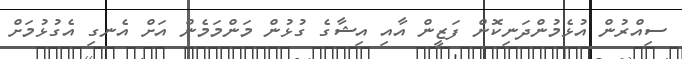
ސިއްރުން އުޅެމުންދަނިކޮން ފަޒީން އާއި އިޝާގެ ގުޅުން މަންމަމެން އަށް އެނގި އެގުޅުމަށް